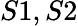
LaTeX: S1,S2